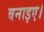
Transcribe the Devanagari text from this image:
बनाइए।